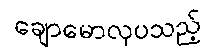
ချောမောလှပသည့်